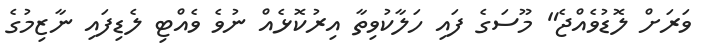
ވަރަށް ލޮޑުވެއްޖެ" މޫސަގެ ފައި ހަލާކުވިތާ އިރުކޮޅެއް ނުވެ ވެއްޓި ލެޑިފައި ނާޒިމުގެ